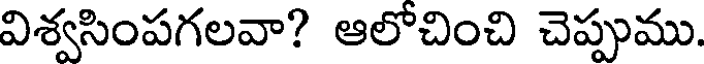
విశ్వసింపగలవా? ఆలోచించి చెప్పుము.